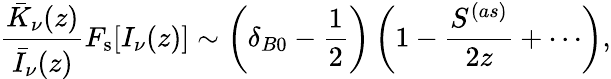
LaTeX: \frac{\bar{K}_{\nu}(z)}{\bar{I}_{\nu}(z)}F_{\mathrm{s}}[I_{\nu}(z)]\sim\left(\delta_{B0}-\frac{1}{2}\right)\left(1-\frac{S^{(as)}}{2z}+\cdots\right),